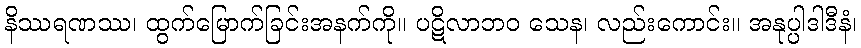
နိဿရဏဿ၊ ထွက်မြောက်ခြင်းအနက်ကို။ ပဋိလာဘဝ သေန၊ လည်းကောင်း။ အနုပ္ပါဒါဒီနံ၊